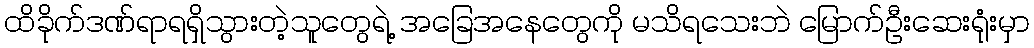
ထိခိုက်ဒဏ်ရာရရှိသွားတဲ့သူတွေရဲ့ အခြေအနေတွေကို မသိရသေးဘဲ မြောက်ဦးဆေးရုံးမှာ